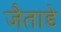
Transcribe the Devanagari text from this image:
जैताडे